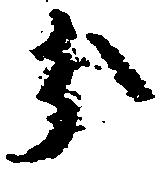
分